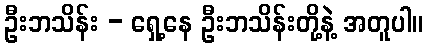
ဦးဘသိန်း - ရှေ့နေ ဦးဘသိန်းတို့နဲ့ အတူပါ။